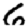
Digit: 6